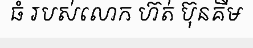
ធំ របស់លោក ហ៊ត់ ប៊ុនគីម